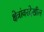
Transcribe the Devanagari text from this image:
क्षेत्रांवरदेखील